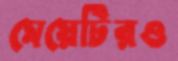
মেয়েটিরও